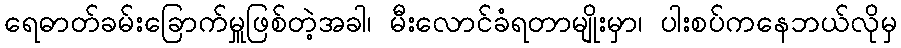
ရေဓာတ်ခမ်းခြောက်မှူဖြစ်တဲ့အခါ၊ မီးလောင်ခံရတာမျိုးမှာ၊ ပါးစပ်ကနေဘယ်လိုမှ